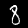
Label: 8